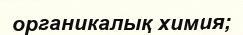
органикалық химия;